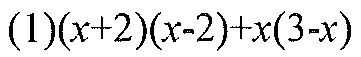
(1)\((x + 2)(x - 2)+x(3 - x)\)